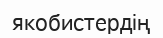
якобистердің